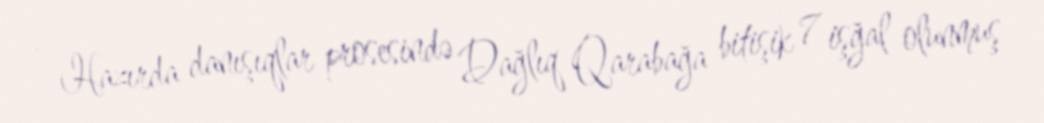
- Hazırda danışıqlar prosesində Dağlıq Qarabağa bitişik 7 işğal olunmuş